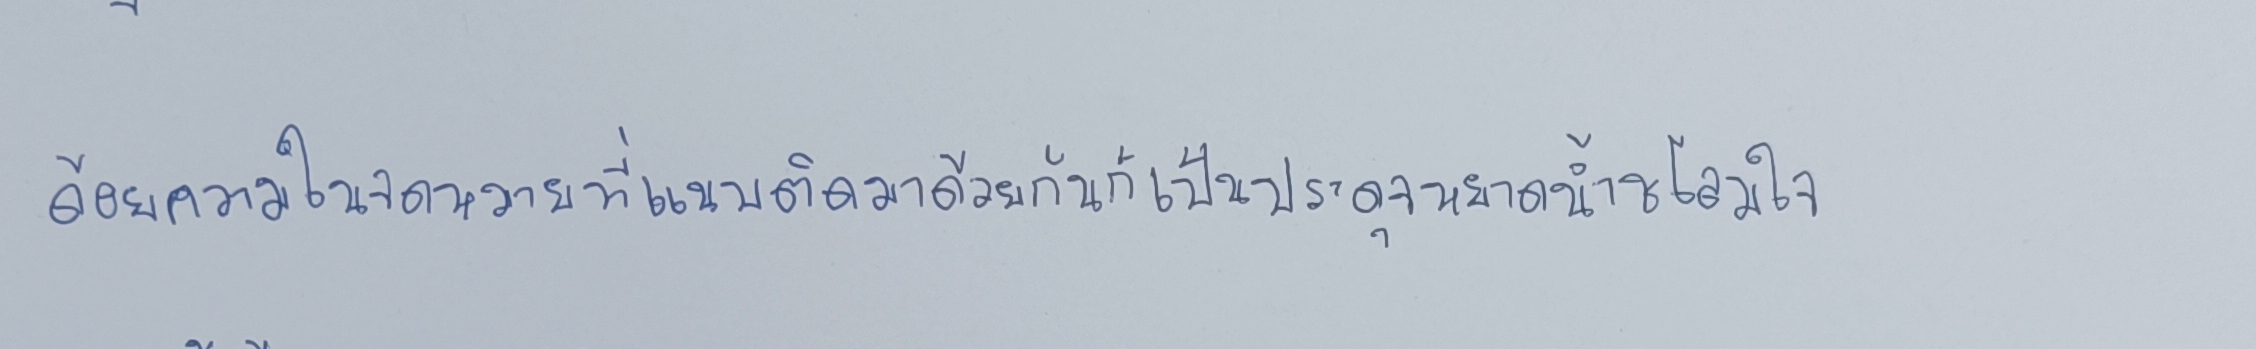
ถ้อยความในจดหมายที่แนบติดมาด้วยกันก็เป็นประดุจหยาดน้ำชโลมใจ